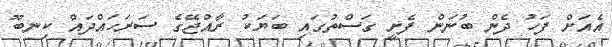
އެއަށް ފަހު ދެން ބުނަން ފެށީ ގަސްތުގައި ބަޔަކު ރާއްޖޭގެ ސަރަހައްދައް ކިނބޫ